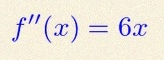
f''(x)=6x